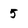
Character: 5